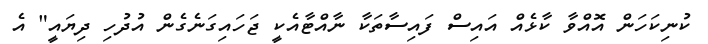
ކުނިކަހަން އޮއްވާ ކާޅެއް އައިސް ފައިސާތަކާ ނާއްޓާއެކީ ޖަހައިގަނެގެން އުދުހި ދިޔައީ" އެ